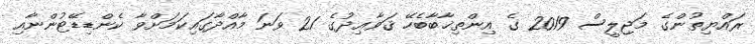
ރައްޔިތުންގެ މަޖިލީސް 2019 ގެ އިންތިޚާބާބެހޭ ޤަވާޢިދުގެ 21 ވަނަ މާއްދާގައިކަމަށްވާ ކެންޑިޑޭޓުންނާއި